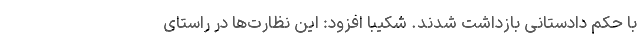
با حکم دادستانی بازداشت شدند. شکیبا افزود: این نظارت‌ها در راستای